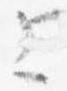
上